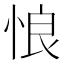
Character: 悢